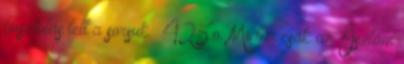
pusztulás lett a sorsuk.” 425.o. Mintha csak az Iszlám